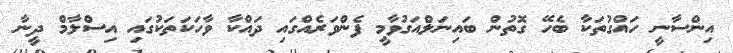
އިންސާނީ ހައްގުތަކާ ބެހޭ ގޮތުން ބައިނަލްއަގުވާމީ ފެންވަރެއްގައި ދައްކާ ވާހަކަތަކުގައި އިސްލާމް ދީނާ